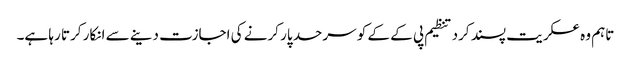
تاہم وہ عسکریت پسند کرد تنظیم پی کے کے کو سرحد پار کرنے کی اجازت دینے سے انکار کرتا رہا ہے۔